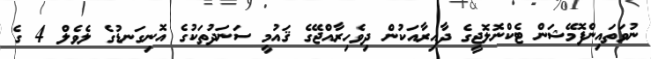
ނުވަތައިންފޮމޭޝަން ޓެކްނޮލޮޖީގެ ދާއިރާއަކުން ދިވެހިރާއްޖޭގެ ޤައުމީ ސަނަދުތަކުގެ އޮނިގަނޑުގެ ލެވެލް 4 ގެ